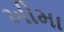
ખીમા